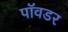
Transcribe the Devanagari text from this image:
पॉवडर